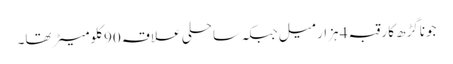
جوناگڑھ کا رقبہ 4 ہزار میل جبکہ ساحلی علاقہ 90 کلومیٹر تھا۔